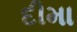
દીમા